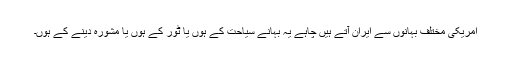
امریکی مختلف بہانوں سے ایران آتے ہیں چاہے یہ بہانے سیاحت کے ہوں یا ٹور کے ہوں یا مشورہ دینے کے ہوں۔